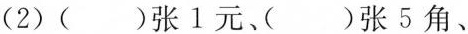
(2)( )张1元、( )张5角、